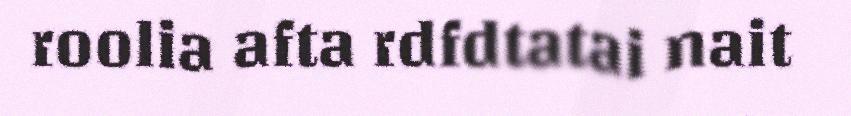
roolia afta rdfdtatai nait